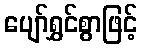
ပျော်ရွှင်စွာဖြင့်